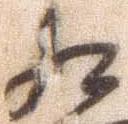
相